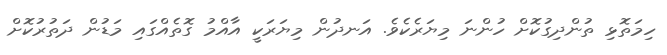
ހިމަތޮޅި ތުންދިގުކޮށް ހުންނަ މިޔަރެކެވެ. އަނދުން މިޔަރަކީ އާއްމު ގޮތެއްގައި މަޑުން ދަތުރުކޮށް